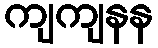
ကျကျနန